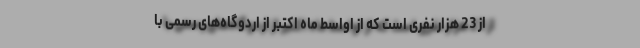
از 23 هزار نفری است که از اواسط ماه اکتبر از اردوگاه‌های رسمی با